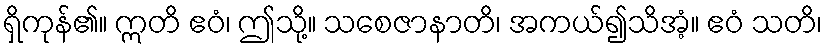
ရှိကုန်၏။ ဣတိ ဧဝံ၊ ဤသို့။ သစေဇာနာတိ၊ အကယ်၍သိအံ့။ ဧဝံ သတိ၊